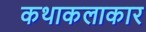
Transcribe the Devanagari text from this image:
कथाकलाकार